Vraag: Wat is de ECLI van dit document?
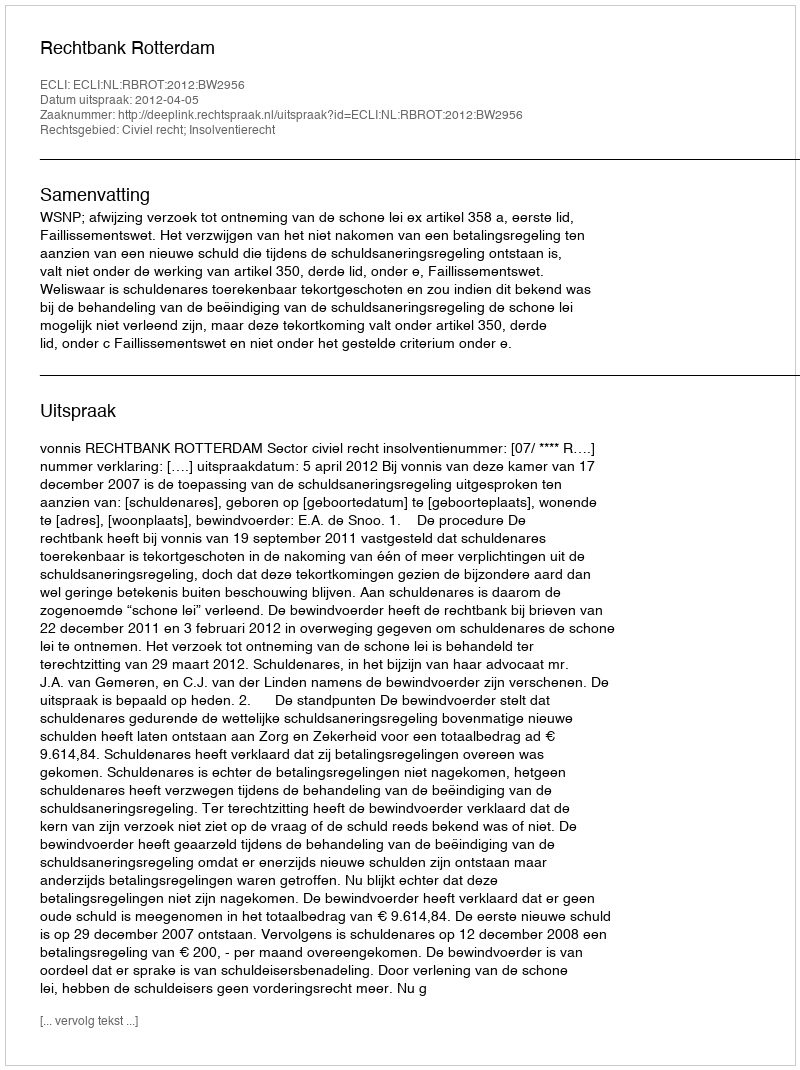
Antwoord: ECLI:NL:RBROT:2012:BW2956